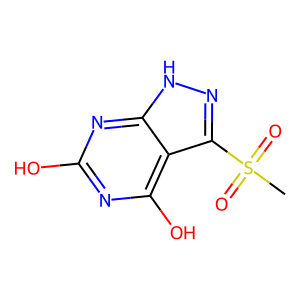
SMILES: CS(=O)(=O)c1n[nH]c2nc(O)nc(O)c12
Inhibits HIV replication: No